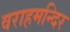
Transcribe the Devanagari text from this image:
वराहमन्दिर